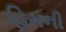
હિમની